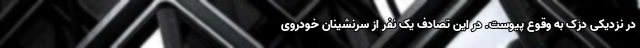
در نزدیکی دزک به وقوع پیوست. در این تصادف یک نفر از سرنشینان خودروی